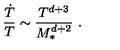
\frac { { \dot { T } } } { T } \sim \frac { T ^ { d + 3 } } { M _ { * } ^ { d + 2 } } \ .